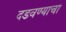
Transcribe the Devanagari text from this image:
दडवण्याचा